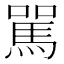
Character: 駡